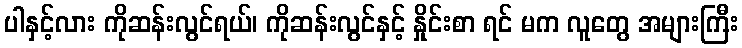
ပါနှင့်လား ကိုဆန်းလွင်ရယ်၊ ကိုဆန်းလွင်နှင့် နှိုင်းစာ ရင် မက လူတွေ အများကြီး